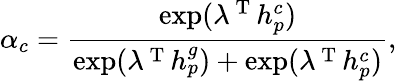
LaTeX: \alpha_{c}=\frac{\exp(\lambda^{\mathrm{~T~}}h_{p}^{c})}{\exp(\lambda^{\mathrm{~T~}}h_{p}^{g})+\exp(\lambda^{\mathrm{~T~}}h_{p}^{c})},